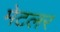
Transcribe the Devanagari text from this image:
मेटलर